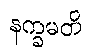
နက္ခမတိ